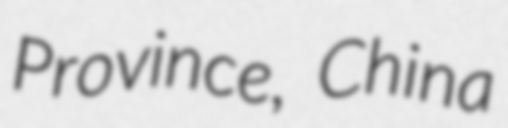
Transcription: Province, China